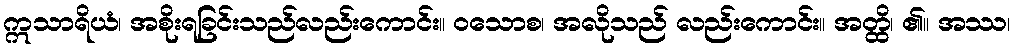
ဣသာရိယံ၊ အစိုးရခြင်းသည်လည်းကောင်း။ ဝသောစ၊ အလိုသည် လည်းကောင်း။ အတ္ထိ၊ ၏။ အဿ၊